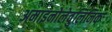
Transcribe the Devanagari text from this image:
अमाइनोलेवुलिनिक